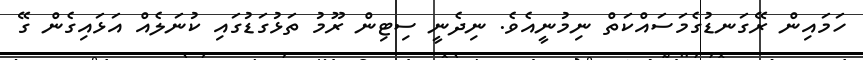
ހަމައިން ރޭގަނޑުގެމަސައްކަތް ނިމުނީއެވެ. ނިދެނީ ސިޓިން ރޫމު ތަޅުގަޑުގައި ކުނަލެއް އަޅައިގެން ގޭ